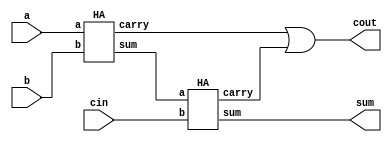
`timescale 1ns / 1ps
//////////////////////////////////////////////////////////////////////////////////
// Company: 
// Engineer: 
// 
// Design Name: 
// Module Name: Full_Adder_using _Half_Adder
// Project Name: 
// Target Devices: 
// Tool Versions: 
// Description: 
// 
// Dependencies: 
// 
// Revision:
// Revision 0.01 - File Created
// Additional Comments:
// 
//////////////////////////////////////////////////////////////////////////////////


module Full_Adder_using_HA(
input a,
input b,
input cin,
output sum,
output cout
);
wire s1,s2,s3;
HA d0(.a(a),.b(b),.sum(s1),.carry(s2));
HA d1(.a(s1),.b(cin),.sum(sum),.carry(s3));
assign cout = s2|s3;

endmodule


module HA(
input a,
input b,
output sum,
output carry
);
assign sum = a^b;
assign carry = a&b;
endmodule